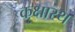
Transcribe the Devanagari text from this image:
कक्षास्थ